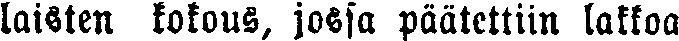
laisten kokous, jossa päätettiin lakkoa